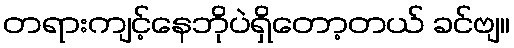
တရားကျင့်နေဘိုပဲရှိတော့တယ် ခင်ဗျ။